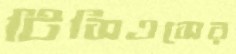
টিসিএসের